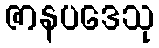
ဇာနပဒေသု